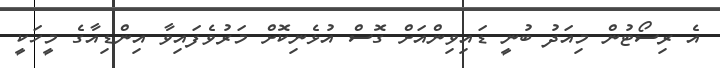
އެ ރިސޯޓުން މިއަދު ބުނީ ޑައިވިންއަށް ގޮސް އުޅެނިކޮށް މަރުވެފައިވާ އިންޑިއާގެ މީހަކީ